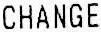
CHANGE